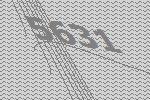
5631